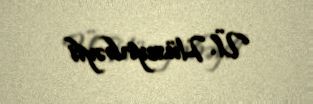
Ü. Hüseynbəyli